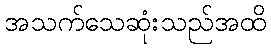
အသက်သေဆုံးသည်အထိ